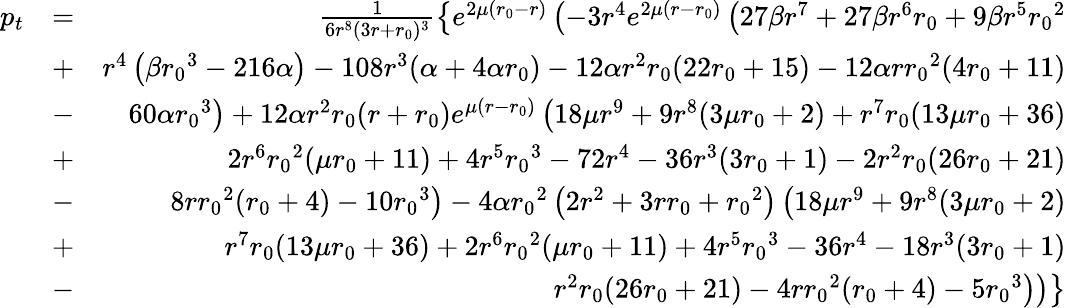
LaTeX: \begin{array}{rlr}{p_{t}}&{=}&{\frac{1}{6r^{8}(3r+{r_{0}})^{3}}\left\lbrace e^{2\mu({r_{0}}-r)}\left(-3r^{4}e^{2\mu(r-{r_{0}})}\left(27\beta r^{7}+27\beta r^{6}{r_{0}}+9\beta r^{5}{r_{0}}^{2}\right.\right.\right.}\\ &{+}&{\left.\left.\left.r^{4}\left(\beta{r_{0}}^{3}-216\alpha\right)-108r^{3}(\alpha+4\alpha{r_{0}})-12\alpha r^{2}{r_{0}}(22{r_{0}}+15)-12\alpha r{r_{0}}^{2}(4{r_{0}}+11)\right.\right.\right.}\\ &{-}&{\left.\left.\left.60\alpha{r_{0}}^{3}\right)+12\alpha r^{2}{r_{0}}(r+{r_{0}})e^{\mu(r-{r_{0}})}\left(18\mu r^{9}+9r^{8}(3\mu{r_{0}}+2)+r^{7}{r_{0}}(13\mu{r_{0}}+36)\right.\right.\right.}\\ &{+}&{\left.\left.\left.2r^{6}{r_{0}}^{2}(\mu{r_{0}}+11)+4r^{5}{r_{0}}^{3}-72r^{4}-36r^{3}(3{r_{0}}+1)-2r^{2}{r_{0}}(26{r_{0}}+21)\right.\right.\right.}\\ &{-}&{\left.\left.\left.8r{r_{0}}^{2}({r_{0}}+4)-10{r_{0}}^{3}\right)-4\alpha{r_{0}}^{2}\left(2r^{2}+3r{r_{0}}+{r_{0}}^{2}\right)\left(18\mu r^{9}+9r^{8}(3\mu{r_{0}}+2)\right.\right.\right.}\\ &{+}&{\left.\left.\left.r^{7}{r_{0}}(13\mu{r_{0}}+36)+2r^{6}{r_{0}}^{2}(\mu{r_{0}}+11)+4r^{5}{r_{0}}^{3}-36r^{4}-18r^{3}(3{r_{0}}+1)\right.\right.\right.}\\ &{-}&{\left.\left.\left.r^{2}{r_{0}}(26{r_{0}}+21)-4r{r_{0}}^{2}({r_{0}}+4)-5{r_{0}}^{3}\right)\right)\right\rbrace}\end{array}